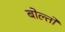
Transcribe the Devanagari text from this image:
बोल्तो